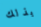
بذلك